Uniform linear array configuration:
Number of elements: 32
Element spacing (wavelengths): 0.25
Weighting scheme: blackman
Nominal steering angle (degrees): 15
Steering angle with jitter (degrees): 15.606
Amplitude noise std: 0.05
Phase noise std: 0.05

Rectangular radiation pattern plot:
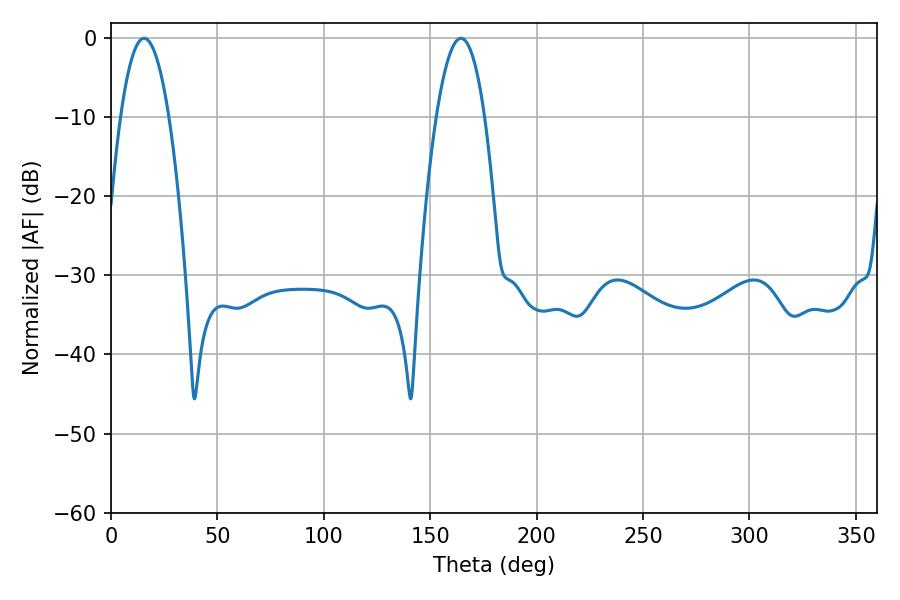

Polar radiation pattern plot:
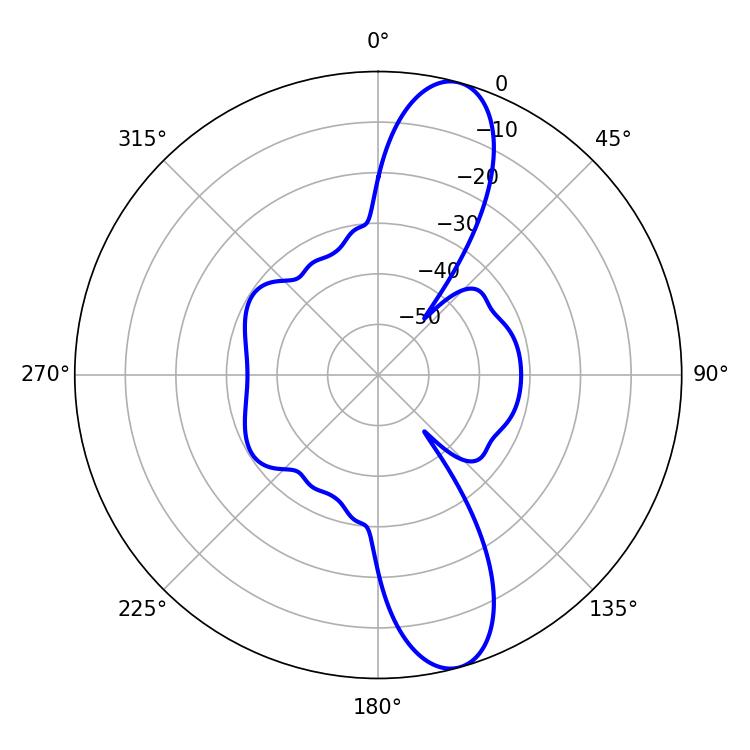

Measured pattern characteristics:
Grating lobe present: FALSE
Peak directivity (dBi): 12.007
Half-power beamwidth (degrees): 12.6
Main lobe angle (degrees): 15.48